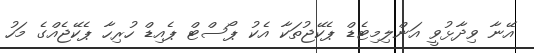
އޭނާ ވިދާޅުވީ އަންލިމިޓެޑް ޕެކޭޖުތަކާ އެކު ޕޯސްޓް ޕެއިޑް ހުރިހާ ޕެކޭޖެއްގެ މަހު